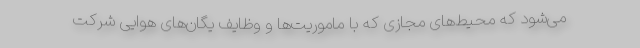
می‌شود که محیط‌های مجازی که با ماموریت‌ها و وظایف یگان‌های هوایی شرکت